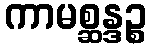
ကာမစ္ဆန္ဒဉ္စ